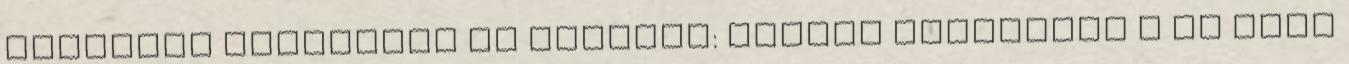
Panaszos nyüszítés az árokból: kutyát mentettek a Öt órát